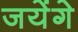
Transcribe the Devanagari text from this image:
जयेंगे